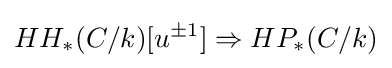
HH_{*}(C/k)[u^{\pm 1}]\Rightarrow HP_{*}(C/k)